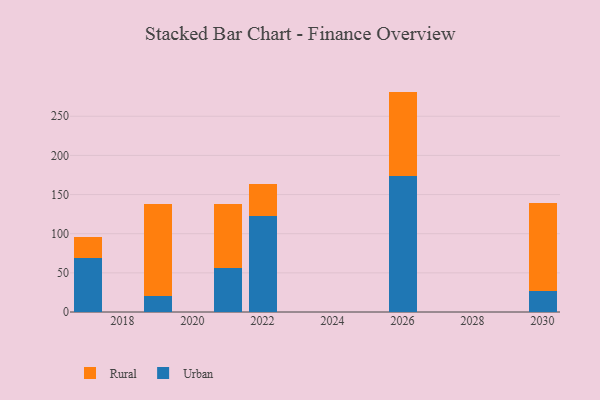
{"axis": {"x": "Year", "y": "Demand Index"}, "legend": ["Rural", "Urban"], "data": [{"x": "2019", "y": 20.4, "type": "Urban"}, {"x": "2019", "y": 117.8, "type": "Rural"}, {"x": "2022", "y": 122.4, "type": "Urban"}, {"x": "2022", "y": 41.0, "type": "Rural"}, {"x": "2017", "y": 68.7, "type": "Urban"}, {"x": "2017", "y": 27.2, "type": "Rural"}, {"x": "2030", "y": 26.6, "type": "Urban"}, {"x": "2030", "y": 112.5, "type": "Rural"}, {"x": "2021", "y": 56.3, "type": "Urban"}, {"x": "2021", "y": 81.2, "type": "Rural"}, {"x": "2026", "y": 173.4, "type": "Urban"}, {"x": "2026", "y": 108.1, "type": "Rural"}]}